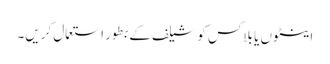
اینٹوں یا بلاکس کو شیلف کے بطور استعمال کریں۔